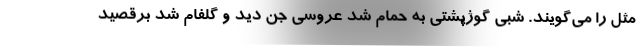
مثل را مي‌گويند. شبي گوژپشتي به حمام شد عروسي جن ديد و گلفام شد برقصيد